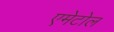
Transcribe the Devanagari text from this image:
एमेटोल